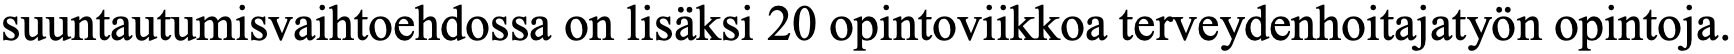
suuntautumisvaihtoehdossa on lisäksi 20 opintoviikkoa terveydenhoitajatyön opintoja.